Vaccination in the Punjab 1867-1880 - 1867-1880
Year: 1867
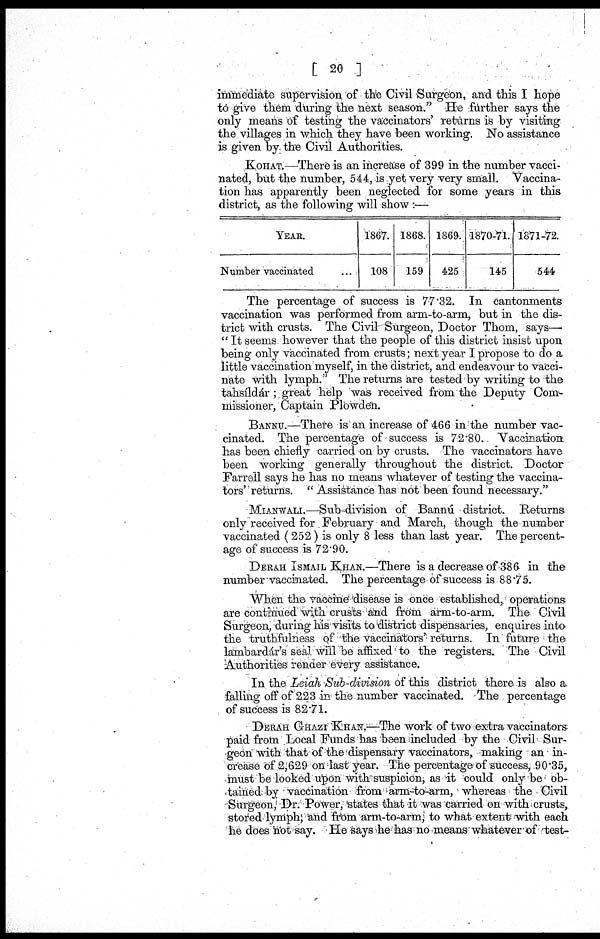
[ 20 ]
immediate supervision of the Civil Surgeon, and this I hope
to give them during the next season." He further says the
only means of testing the vaccinators' returns is by visiting
the villages in which they have been working. No assistance
is given by the Civil Authorities.
KOHAT.—There is an increase of 399 in the number vacci¬
nated, but the number, 544, is yet very very small. Vaccina¬
tion has apparently been neglected for some years in this
district, as the following will show :—
YEAR.
Number vaccinated ...
1867.
108
1868.
159
1869.
425
1870-71.
145
1871-72.
544
The percentage of success is 77.32. In cantonments
vaccination was performed from arm-to-arm, but in the dis¬
trict with crusts. The Civil Surgeon, Doctor Thom, says—
" It seems however that the people of this district insist upon
being only vaccinated from crusts; next year I propose to do a
little vaccination myself, in the district, and endeavour to vacci¬
nate with lymph." The returns are tested by writing to the
tahsíldár; great help was received from the Deputy Com-
missioner, Captain Plowden.
BANNU.—There is an increase of 466 in the number vac¬
cinated. The percentage of success is 72.80. Vaccination
has been chiefly carried on by crusts. The vaccinators have
been working generally throughout the district. Doctor
Farrell says he has no means whatever of testing the vaccina¬
tors' returns. " Assistance has not been found necessary."
MIANWALI.—Sub-division of Bannú district. Returns
only received for February and March, though the number
vaccinated (252) is only 8 less than last year. The percent-
age of success is 72.90.
DERAH ISMAIL KHAN.—There is a decrease of 386 in the
number vaccinated. The percentage of success is 88.75.
"When the vaccine disease is once established, operations
are continued with crusts and from arm-to-arm. The Civil
Surgeon, during his visits to district dispensaries, enquires into
the truthfulness of the vaccinators' returns. In future the
lambardár's seal will be affixed to the registers. The Civil
Authorities render every assistance.
In the Leiah Sub-division of this district there is also a
falling off of 223 in the number vaccinated. The percentage
of success is 82.71.
DERAH GHAZI KHAN.—The work of two extra vaccinators
paid from Local Funds has been included by the Civil Sur-
geon with that of the dispensary vaccinators, making an in-
crease of 2,629 on last year. The percentage of success, 90.35,
must be looked upon with suspicion, as it could only be ob-
tained by vaccination from arm-to-arm, whereas the Civil
Surgeon, Dr. Power, states that it was carried on with crusts,
stored lymph; and from arm-to-arm, to what extent with each
he does not say. He says he has no means whatever of test-